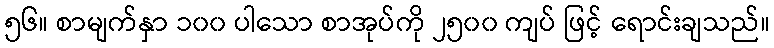
၅၆။ စာမျက်နှာ ၁၀၀ ပါသော စာအုပ်ကို ၂၅၀၀ ကျပ် ဖြင့် ရောင်းချသည်။